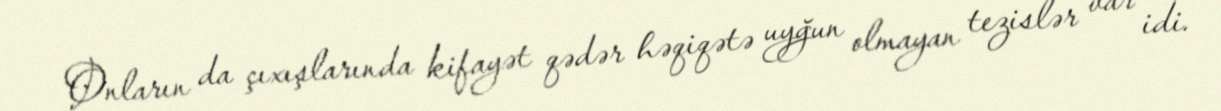
Onların da çıxışlarında kifayət qədər həqiqətə uyğun olmayan tezislər var idi.